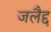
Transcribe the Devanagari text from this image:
जलैद्द